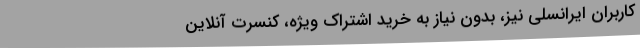
کاربران ایرانسلی نیز، بدون نیاز به خرید اشتراک ویژه، کنسرت آنلاین